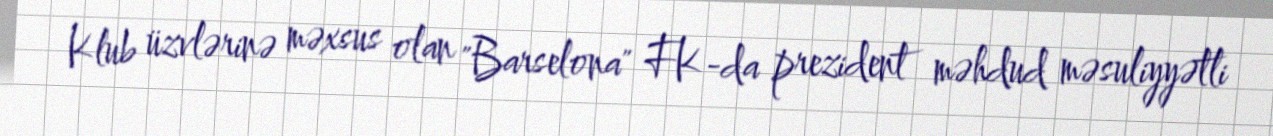
Klub üzvlərinə məxsus olan "Barselona" FK-da prezident məhdud məsuliyyətli